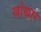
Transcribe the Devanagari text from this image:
खोखार